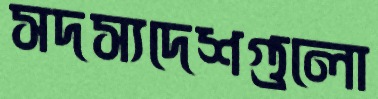
সদস্যদেশগুলো